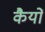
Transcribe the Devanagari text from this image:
कैयों